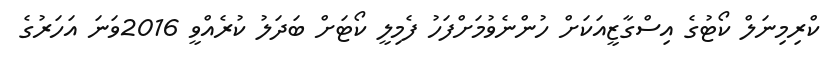
ކްރިމިނަލް ކޯޓުގެ އިސްގާޒީއަކަށް ހުންނެވުމަށްފަހު ފެމިލީ ކޯޓަށް ބަދަލު ކުރެއްވީ 2016ވަނަ އަހަރުގެ